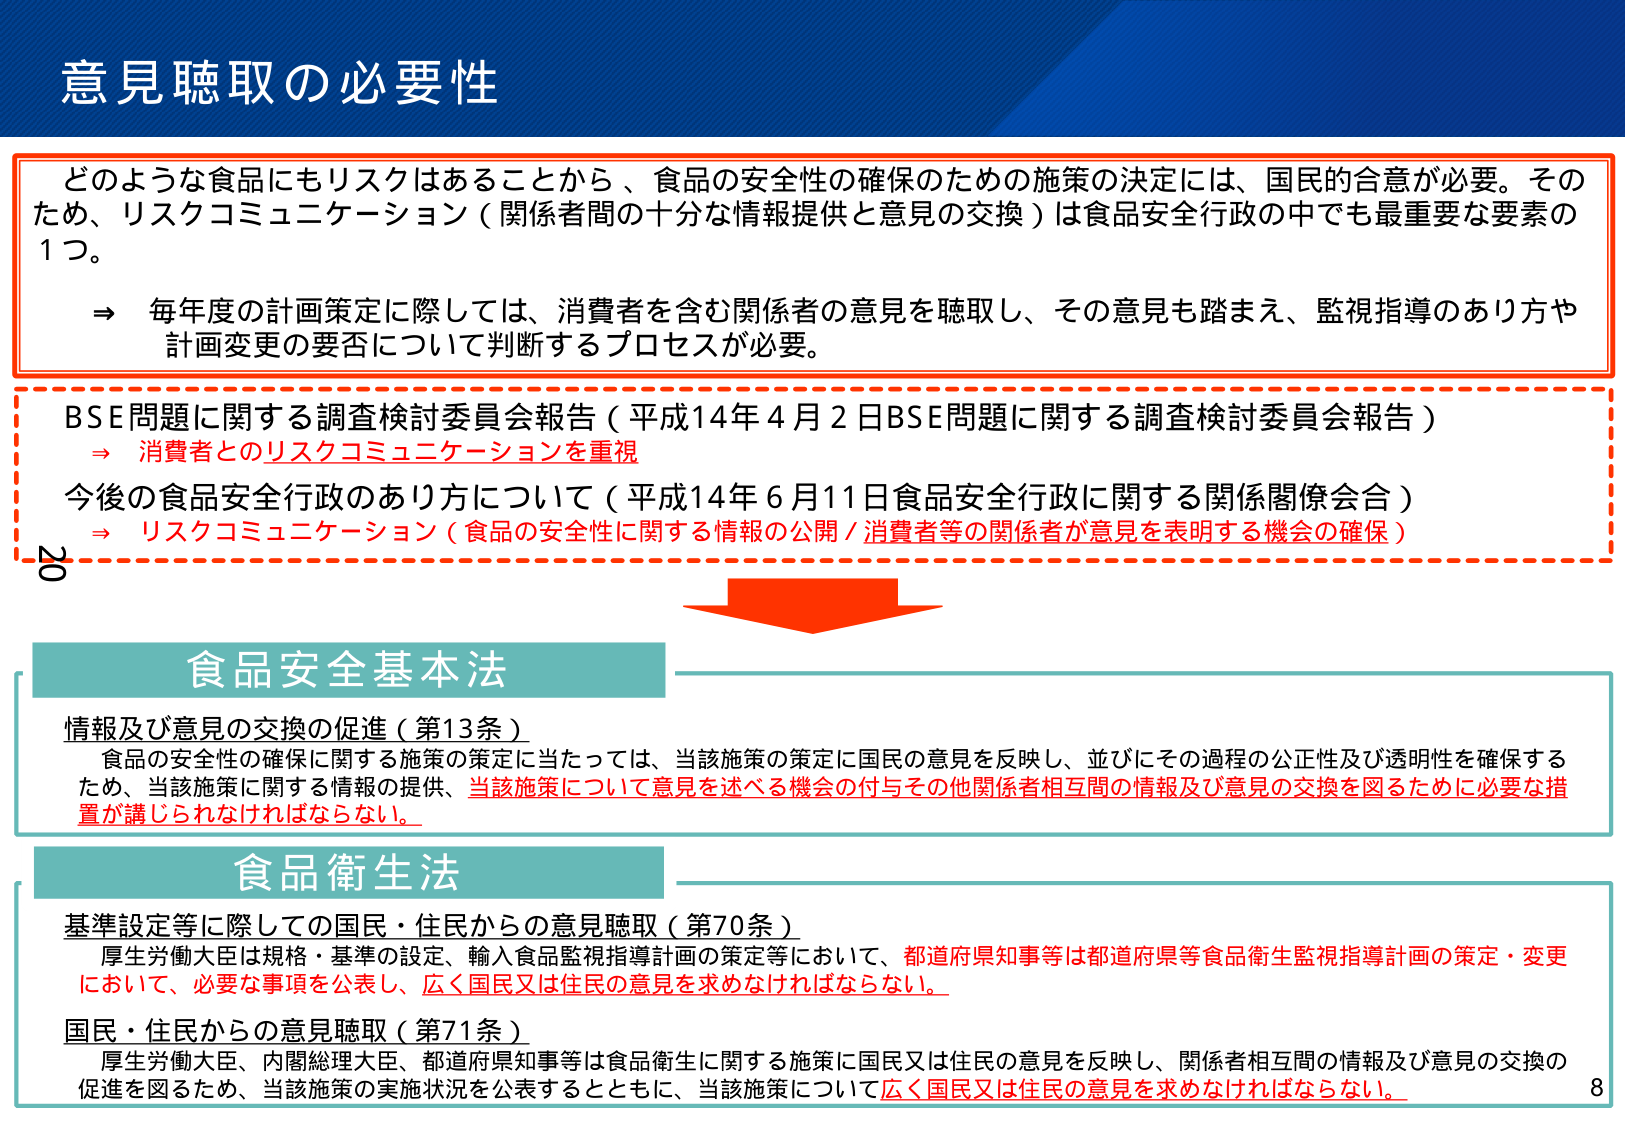
意見聴取の必要性

どのような食品にもリスクはあることから、食品の安全性の確保のための施策の決定には、国民的合意が必要。そのため、リスクコミュニケーション（関係者間の十分な情報提供と意見の交換）は食品安全行政の中でも最重要な要素の1つ。

⇒ 毎年度の計画策定に際しては、消費者を含む関係者の意見を聴取し、その意見も踏まえ、監視指導のあり方や計画変更の要否について判断するプロセスが必要。

BSE問題に関する調査検討委員会報告（平成14年4月2日BSE問題に関する調査検討委員会報告）
⇒ 消費者とのリスクコミュニケーションを重視

今後の食品安全行政のあり方について（平成14年6月11日食品安全行政に関する関係閣僚会合）
⇒ リスクコミュニケーション（食品の安全性に関する情報の公開／消費者等の関係者が意見を表明する機会の確保）

20

食品安全基本法

情報及び意見の交換の促進（第13条）
食品の安全性の確保に関する施策の策定に当たっては、当該施策の策定に国民の意見を反映し、並びにその過程の公正性及び透明性を確保するため、当該施策に関する情報の提供、当該施策について意見を述べる機会の付与その他関係者相互間の情報及び意見の交換を図るために必要な措置が講じられなければならない。

食品衛生法

基準設定等に際しての国民・住民からの意見聴取（第70条）
厚生労働大臣は規格・基準の設定、輸入食品監視指導計画の策定等において、都道府県知事等は都道府県等食品衛生監視指導計画の策定・変更において、必要な事項を公表し、広く国民又は住民の意見を求めなければならない。

国民・住民からの意見聴取（第71条）
厚生労働大臣、内閣総理大臣、都道府県知事等は食品衛生に関する施策に国民又は住民の意見を反映し、関係者相互間の情報及び意見の交換の促進を図るため、当該施策の実施状況を公表するとともに、当該施策について広く国民又は住民の意見を求めなければならない。

8